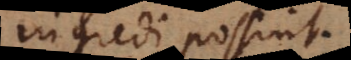
gredi possint.